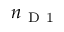
n _ { \mathrm { ~ D ~ 1 ~ } }